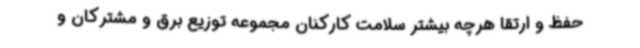
حفظ و ارتقا هرچه بیشتر سلامت کارکنان مجموعه توزیع برق و مشترکان و